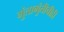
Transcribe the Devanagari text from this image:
गुंतागुंतीचीही